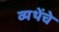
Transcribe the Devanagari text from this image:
व्यथेंचे